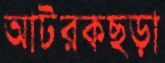
আটরকছড়া